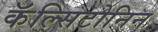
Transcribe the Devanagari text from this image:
कॅल्सिटोनिन